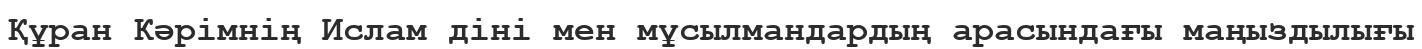
Құран Кәрімнің Ислам діні мен мұсылмандардың арасындағы маңыздылығы